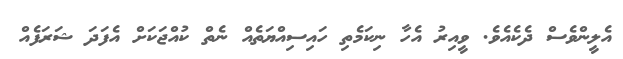
އެލީންވެސް ދެކެއެވެ. ވީއިރު އެހާ ނިކަމެތި ހައިސިއްޔަތެއް ނެތް ކުއްޖަކަށް އެފަދަ ޝަރަފެއް